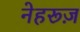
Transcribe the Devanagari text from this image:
नेहरूज़